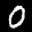
Digit: 0